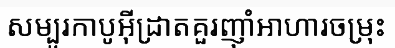
សម្បូរកាបូអ៊ីដ្រាតគួរញ៉ាំអាហារចម្រុះ